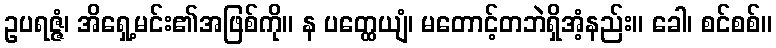
ဥပရဇ္ဇံ၊ အိရှေ့မင်း၏အဖြစ်ကို။ န ပတ္ထေယျံ၊ မတောင့်တဘဲရှိအံ့နည်း။ ခေါ၊ စင်စစ်။